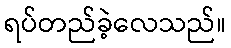
ရပ်တည်ခဲ့လေသည်။